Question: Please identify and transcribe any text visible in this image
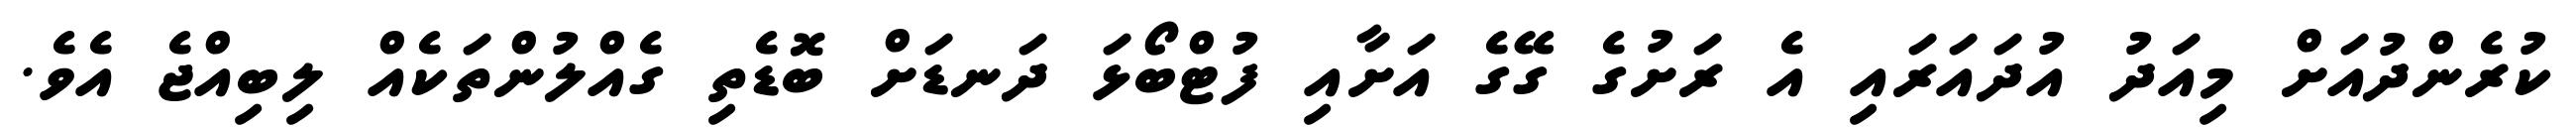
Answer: ކުރެންދުއަށް މިއަދު އުދައަރައި އެ ރަށުގެ ގޭގެ އަށާއި ފުޓްބޯޅަ ދަނޑަށް ބޮޑެތި ގެއްލުންތަކެއް ލިބިއްޖެ އެވެ.